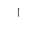
Letter: _alif